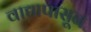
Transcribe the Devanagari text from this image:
वाद्यापासून